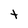
Character: t